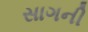
સાગની